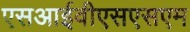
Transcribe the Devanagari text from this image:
एसआईवीएसएसएम